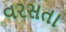
વરસતા